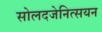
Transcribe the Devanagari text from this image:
सोलदजेनित्सयन